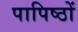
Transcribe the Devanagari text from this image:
पापिष्ठों